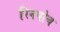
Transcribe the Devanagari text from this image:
रिनपोच